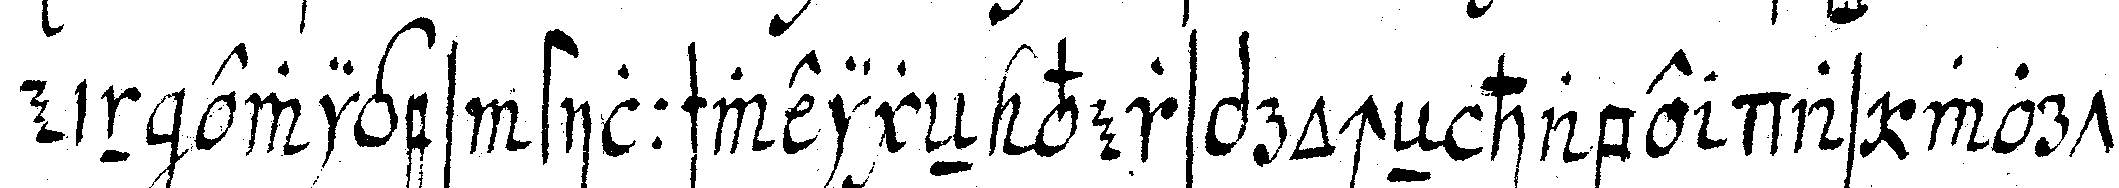
ein ewiges stillschweigeN versprocheN habe das wort